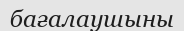
бағалаушыны